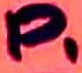
Text: P1